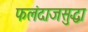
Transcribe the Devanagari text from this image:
फलंदाजसुद्धा